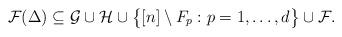
LaTeX: \begin{align*}\mathcal{F}(\Delta)\subseteq\mathcal{G}\cup\mathcal{H}\cup\big\{[n]\setminus F_p:p=1,\dots,d\big\}\cup\mathcal{F}.\end{align*}